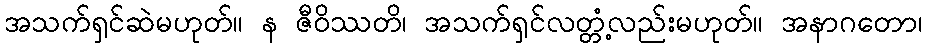
အသက်ရှင်ဆဲမဟုတ်။ န ဇီဝိဿတိ၊ အသက်ရှင်လတ္တံ့လည်းမဟုတ်။ အနာဂတော၊